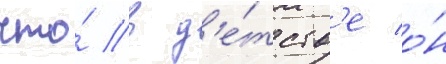
что́ в д'е́тств'е о́н